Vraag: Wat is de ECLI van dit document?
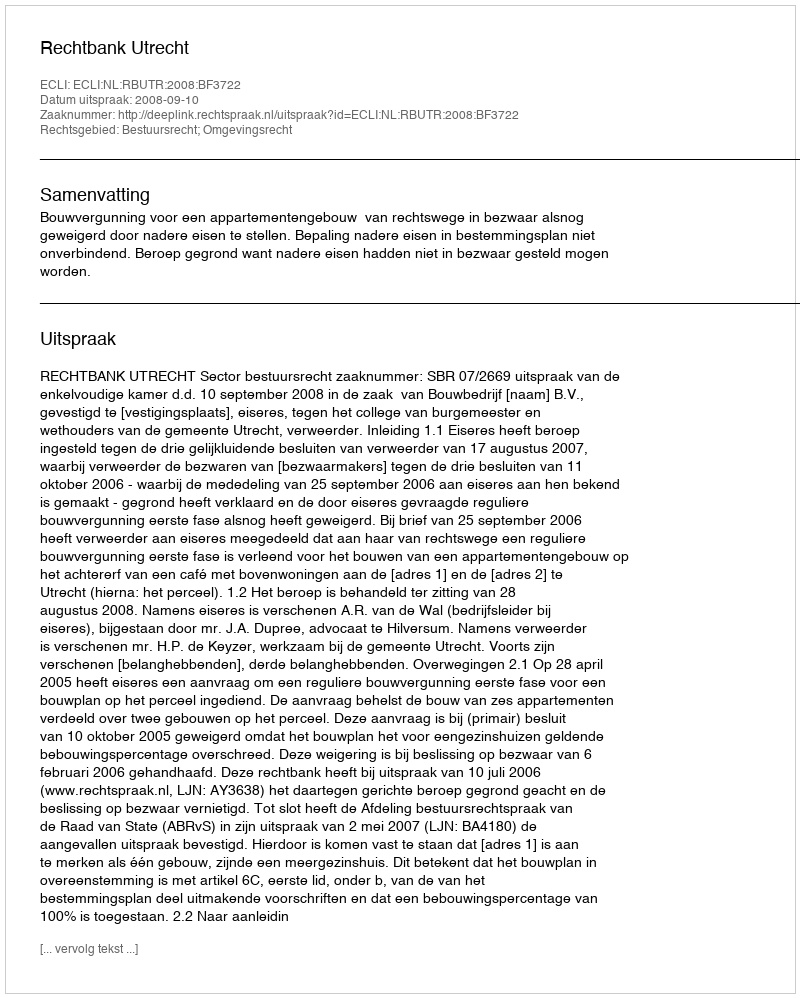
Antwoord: ECLI:NL:RBUTR:2008:BF3722